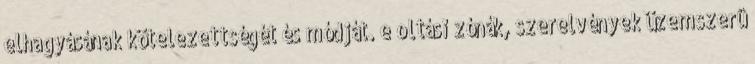
elhagyásának kötelezettségét és módját. e oltási zónák, szerelvények üzemszerû